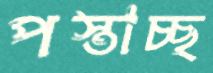
পস্তাচ্ছ